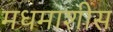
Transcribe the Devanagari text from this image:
मधमाशीस